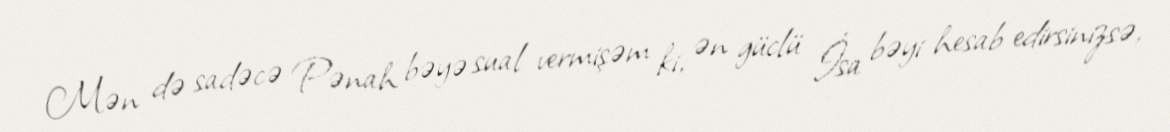
Mən də sadəcə Pənah bəyə sual vermişəm ki, ən güclü İsa bəyi hesab edirsinizsə,